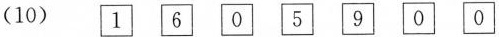
(10) 1 6 0 5 9 0 0